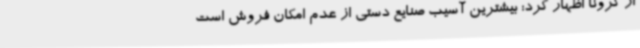
از کرونا اظهار کرد: بیشترین آسیب صنایع دستی از عدم امکان فروش است